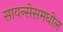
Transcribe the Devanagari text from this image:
सायन्सेसमधील